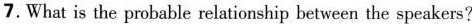
7.What is the probable relationship between the speakers?